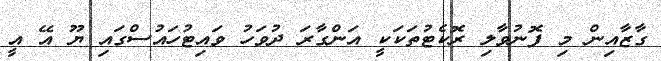
ގާޒާއިން މި ފޮނުވާލި ރޮކެޓުތަކަކީ އަންގާރަ ދުވަހު ވައިޓުހައުސްގައި ޔޫ އޭ އީ